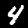
Label: 4